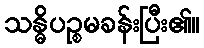
သန္ဓိပဉ္စမခန်းပြီး၏။